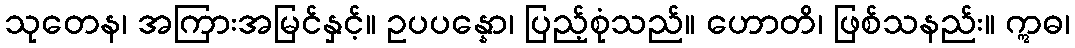
သုတေန၊ အကြားအမြင်နှင့်။ ဥပပန္နော၊ ပြည့်စုံသည်။ ဟောတိ၊ ဖြစ်သနည်း။ ဣဓ၊